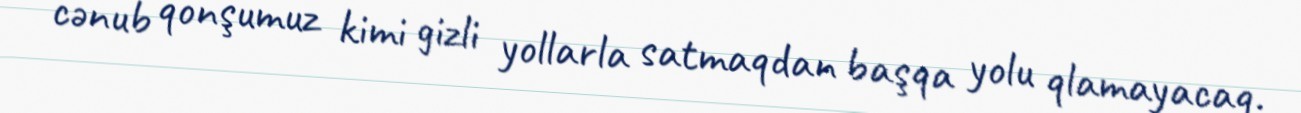
cənub qonşumuz kimi gizli yollarla satmaqdan başqa yolu qlamayacaq.